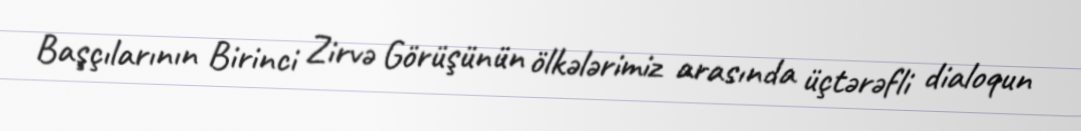
Başçılarının Birinci Zirvə Görüşünün ölkələrimiz arasında üçtərəfli dialoqun